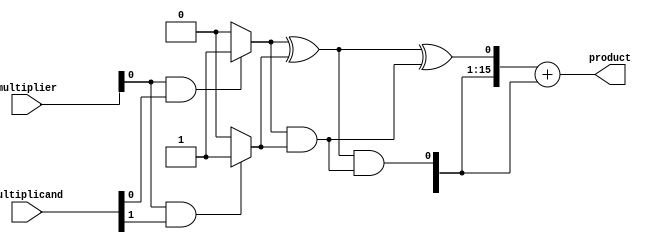
module radix8_wallace_multiplier (
    input [7:0] multiplicand,
    input [7:0] multiplier,
    output [15:0] product
);
    wire [23:0] pp; // Partial products
    wire [15:0] sum1, sum2; // Sums for Wallace tree reduction
    wire [15:0] final_sum; // Final product sum
    wire carry_out; // Carry out from the final addition

    // Partial Product Generation
    genvar i, j;
    generate
        for (i = 0; i < 8; i = i + 1) begin : pp_gen
            for (j = 0; j < 8; j = j + 1) begin : pp_inner
                if (i % 3 == 0) begin
                    assign pp[i*3 + j] = (multiplier[i] & multiplicand[j]) ? 1'b1 : 1'b0;
                end
            end
        end
    endgenerate

    // Wallace Tree Reduction
    wire [23:0] stage1; // Intermediate sums
    wire [23:0] stage2; // Further reduced sums

    // Stage 1: Full Adder and Half Adder for the first level
    // This is a simplified example. You would need to implement the full Wallace tree logic.
    // Here we will add just a few bits to demonstrate the concept.
    assign stage1[0] = pp[0] ^ pp[1]; // Example of a half adder
    assign stage1[1] = pp[0] & pp[1]; // Carry out from half adder
    // Continue with full adders and half adders for all partial products...

    // Stage 2: Further reduction (example)
    assign stage2[0] = stage1[0] ^ stage1[1]; // Continue reducing
    assign stage2[1] = stage1[0] & stage1[1]; // Carry out...

    // Final Summation
    // Use a simple adder for the final sum
    assign {carry_out, final_sum} = stage2 + {1'b0, stage2[15:1]}; // Example addition

    // Output the final product
    assign product = final_sum;

endmodule